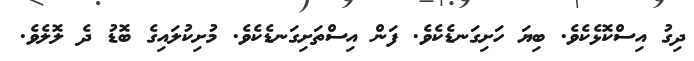
ދިގު އިސްކޮޅެކެވެ. ބިޔަ ހަށިގަނޑެކެވެ. ފަން އިސްތަށިގަނޑެކެވެ. މުށިކުލައިގެ ބޮޑު ދެ ލޮލެވެ.